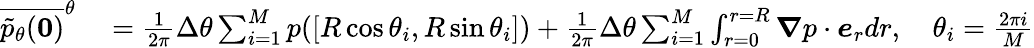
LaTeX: \begin{array}{rl}{\overline{{\tilde{p}_{\theta}(\boldsymbol{0})}}^{\theta}}&{{}=\frac{1}{2\pi}\Delta\theta\sum_{i=1}^{M}p([R\cos\theta_{i},R\sin\theta_{i}])+\frac{1}{2\pi}\Delta\theta\sum_{i=1}^{M}\int_{r=0}^{r=R}\boldsymbol{\nabla}p\cdot\boldsymbol{e}_{r}dr,\quad\theta_{i}=\frac{2\pi i}{M}}\end{array}